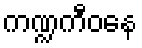
ကဏ္ဍကီဝနေ